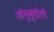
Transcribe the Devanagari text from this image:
ओंनुकूडेली